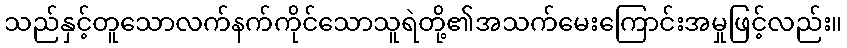
သည်နှင့်တူသောလက်နက်ကိုင်သောသူရဲတို့၏အသက်မေးကြောင်းအမှုဖြင့်လည်း။